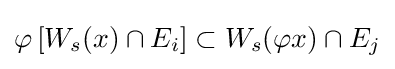
\varphi \left[W_{s}(x)\cap E_{i}\right]\subset W_{s}(\varphi x)\cap E_{j}